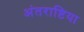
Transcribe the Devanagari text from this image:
अंतराष्टिया